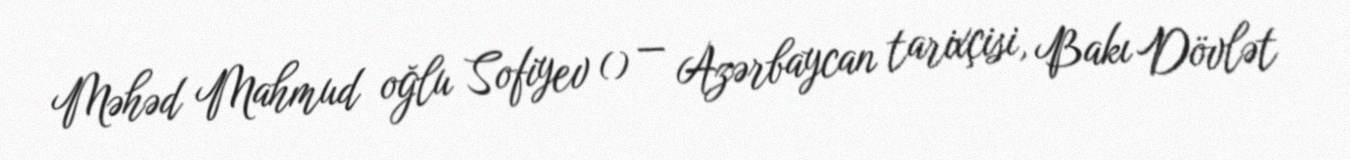
Məhəd Mahmud oğlu Sofiyev () — Azərbaycan tarixçisi, Bakı Dövlət